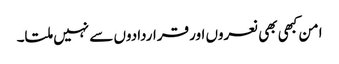
امن کبھی بھی نعروں اور قراردادوں سے نہیں ملتا۔